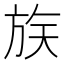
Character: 𪯶